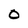
Character: O